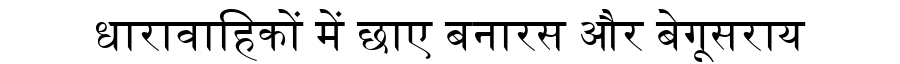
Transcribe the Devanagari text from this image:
धारावाहिकों में छाए बनारस और बेगूसराय